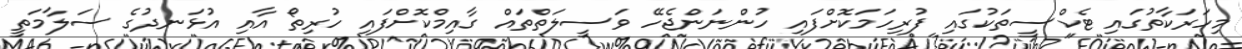
މިހަރަކާތުގައި ޓެކްސީތަކުގައި ފުރިހަމަކޮށްފައި ހުންނަންޖެހޭ ވަސީލަތްތައް ގާއިމްކޮށްފައި ހުރިތޯ އާއި އުޅަނދުގެ ސަލާމަތީ